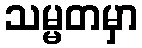
သမ္မတမှာ